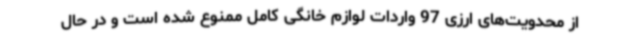
از محدویت‌های ارزی 97 واردات لوازم خانگی کامل ممنوع شده است و در حال